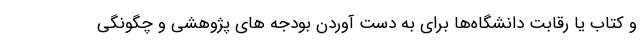
و کتاب یا رقابت دانشگاه‌ها برای به دست آوردن بودجه های پژوهشی و چگونگی